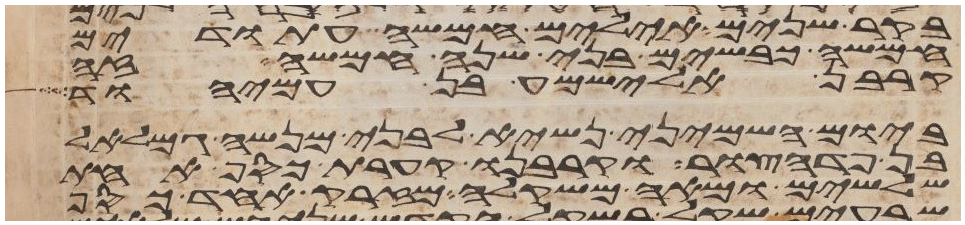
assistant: בקר שנים אילים חמשה עתודים
חמשה כבשים בני שנה חמשה זה
קרבן אלישמע בן עמיהוד
ביום השמיני נשיא לבני מנשה גמלאל
בן פדהצור וקרבנו קערת כסף אחת
שלשים ומאה משקלה מזרק אחד כסף